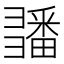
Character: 𢑵